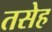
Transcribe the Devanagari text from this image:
तसेह